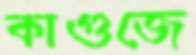
কাগুজে